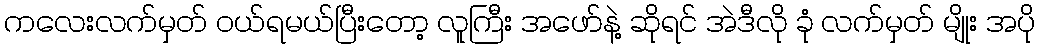
ကလေးလက်မှတ် ဝယ်ရမယ်ပြီးတော့ လူကြီး အဖော်နဲ့ ဆိုရင် အဲဒီလို ခုံ လက်မှတ် မျိုး အပို